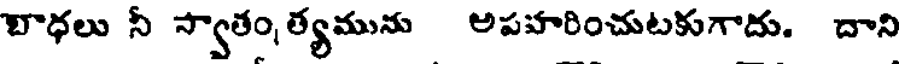
బాధలు నీ స్వాతం, త్యమును అపహరించుటకుగాదు. దాని